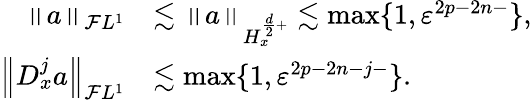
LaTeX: \begin{array}{rl}{\left\| a\right\| _{\mathcal{F}L^{1}}}&{\lesssim\left\| a\right\| _{H_{x}^{\frac{d}{2}+}}\lesssim\operatorname*{max}\{ 1,\varepsilon^{2p-2n-}\} ,}\\ {\left\| D_{x}^{j}a\right\| _{\mathcal{F}L^{1}}}&{\lesssim\operatorname*{max}\{ 1,\varepsilon^{2p-2n-j-}\} .}\end{array}